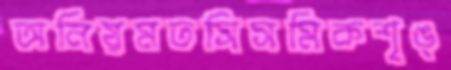
অনিয়মতসিসমিকশৃঙ্